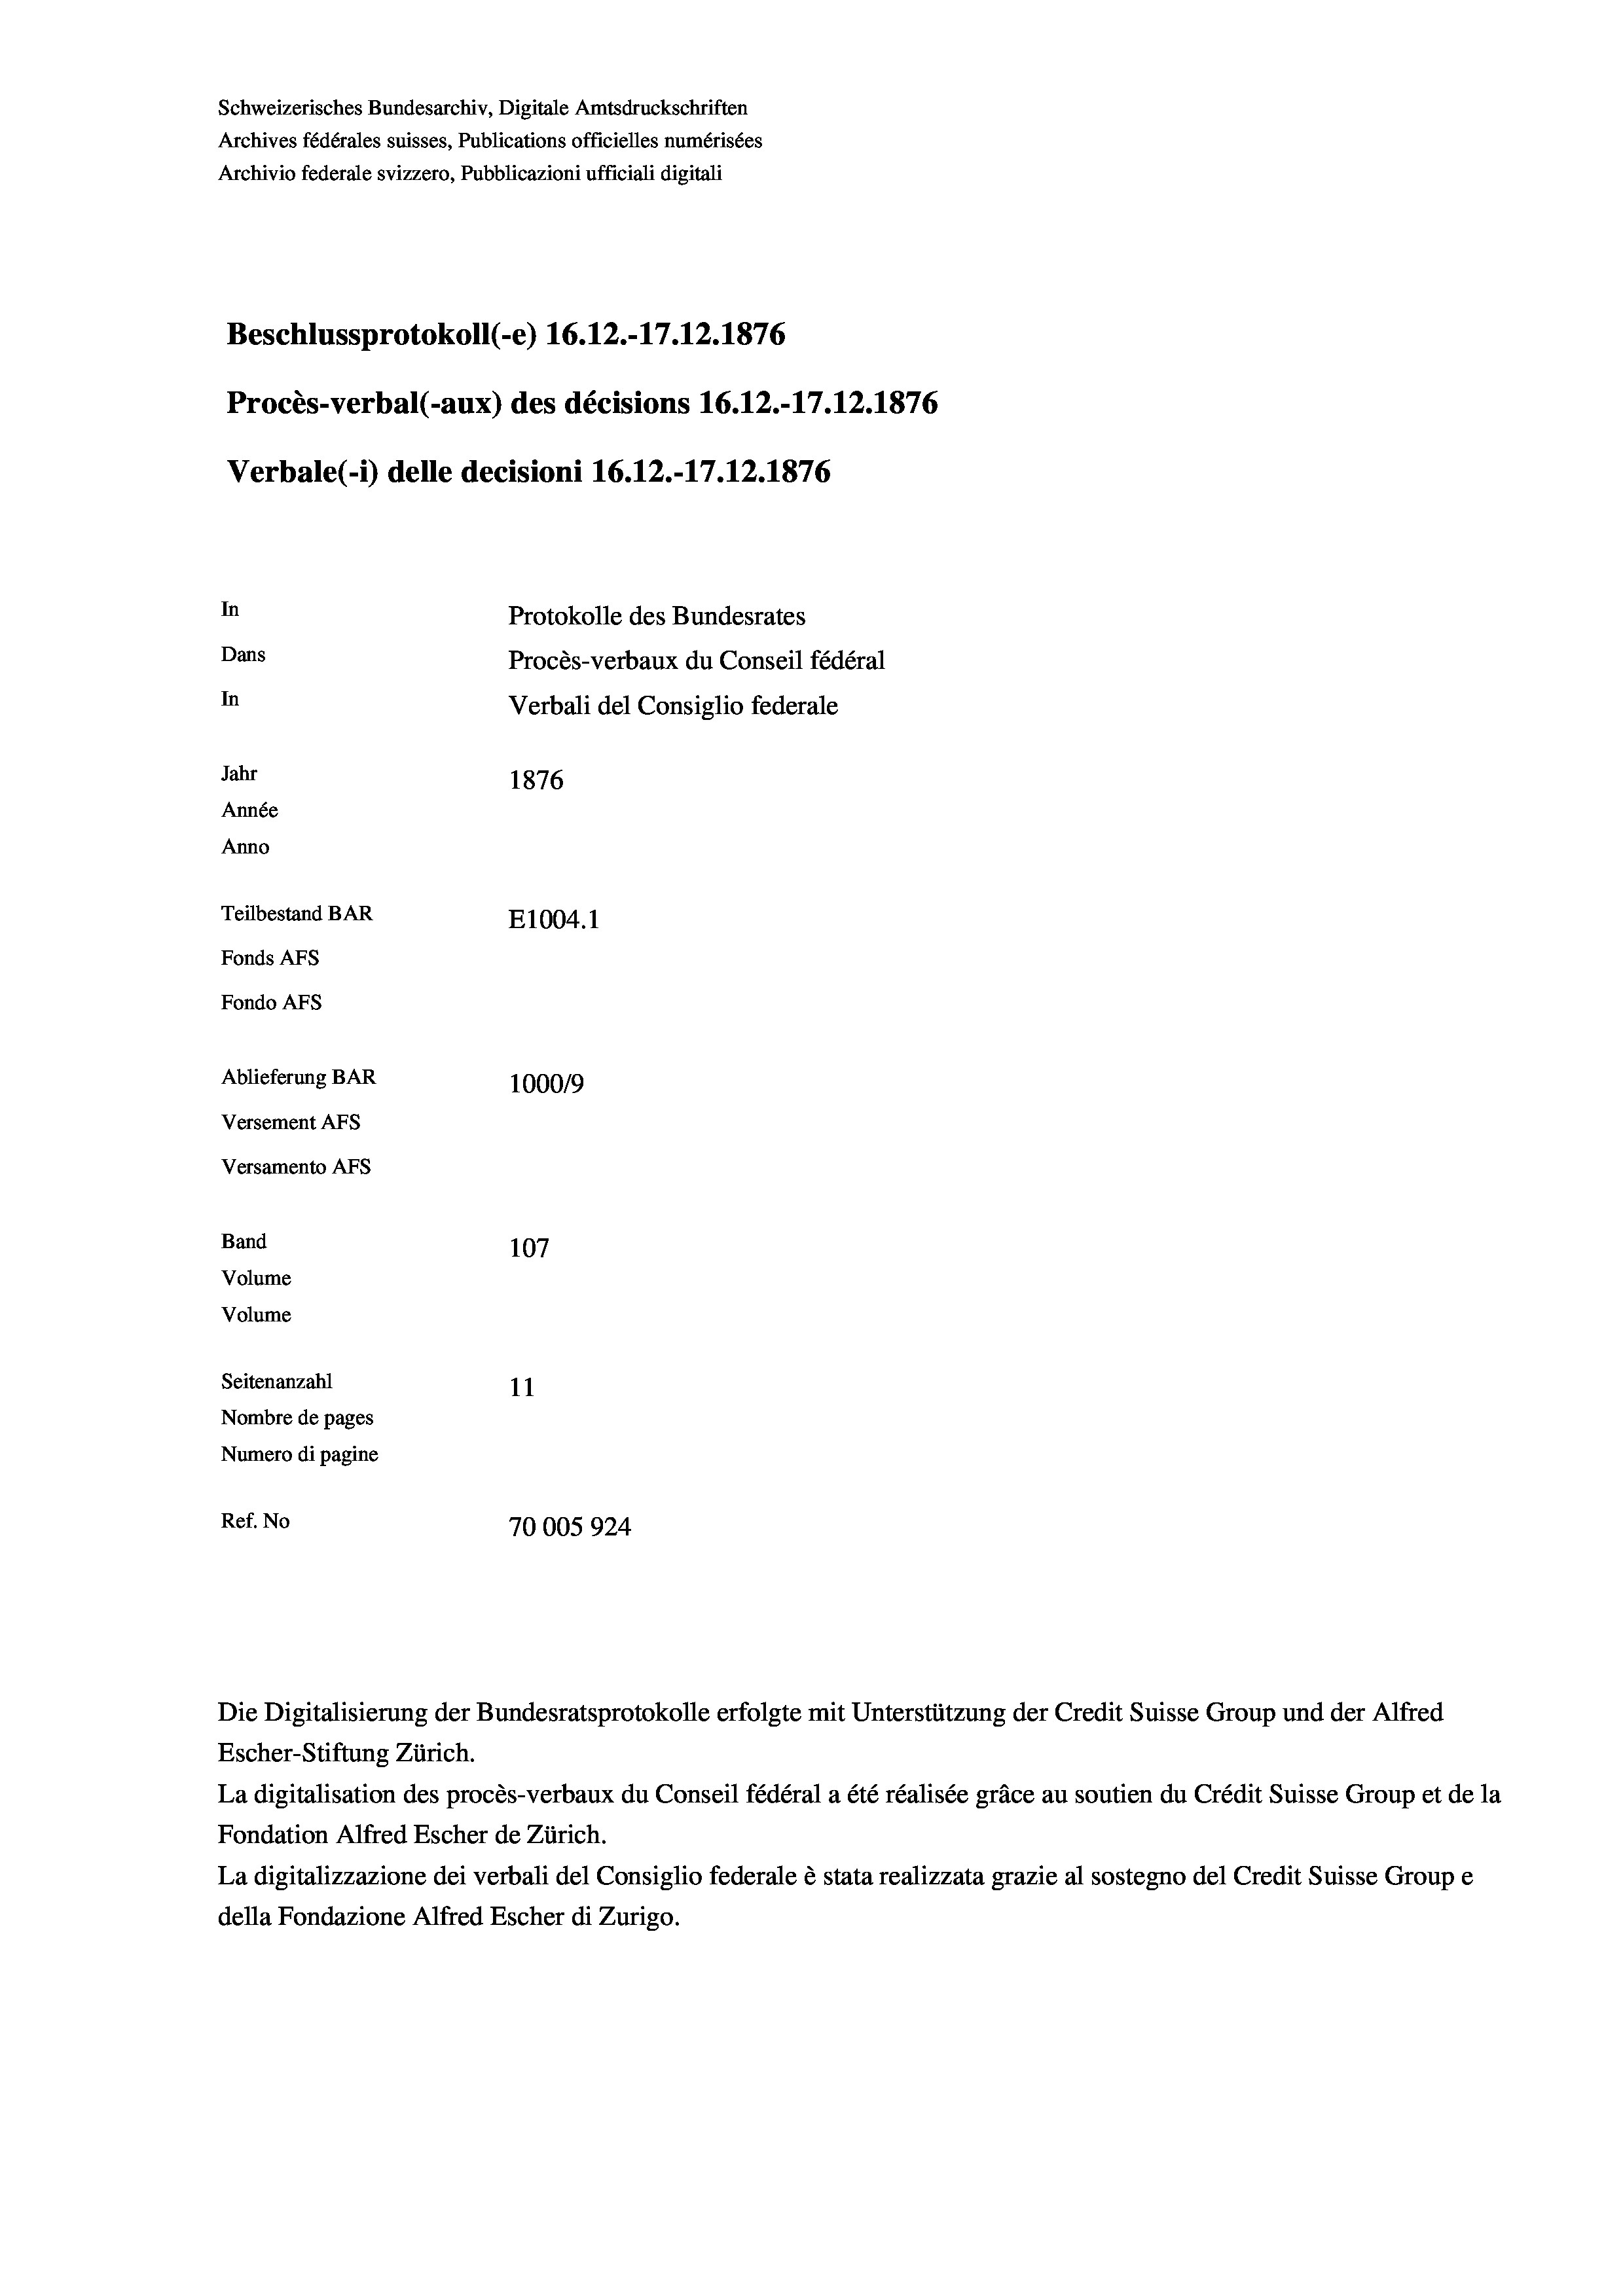
Schweizerisches Bundesarchiv, Digitale Amtsdruckschriften
Archives fédérales suisses, Publications officielles numérisées
Archivio federale svizzero, Pubblicazioni ufficiali digitali
Beschlussprotokoll (-e) 16.12.-17.12.1876
Procès-verbal (-aux) des décisions 16.12.-17.12.1876
Verbale (- 1) delle decisioni 16.12.-17.12.1876
In
Protokolle des Bundesrates
Dans
Procès-verbaux du Conseil fédéral
In
Verbali del Consiglio federale
Jahr
1876
Année
Anno
Teilbestand BAR
E1004. 1
Fonds Afs
Fondo AFS
Ablieferung BAR
100019
Versement AFs
Versamento AFs
Band
107
Volume
Volume
Seitenanzahl
11
Nombre de pages
Numero di pagine
Ref. No
70005924

Escher-Stiftung Zürich.
La digitalisation des procès-verbaux du Conseil fédéral a été réalisée gräce au soutien du Crédit Suisse Group et de la
Fondation Alfred Escher de Zürich.
La digitalizzazione dei verbali del Consiglio federale è stata realizzata grazie al sostegno del Credit Suisse Groupe
della Fondazione Alfred Escher di Zurigo.

Die Digitalisierung der Bundesratsprotokolle erfolgte mit Unterstützung der Credit Suisse Group und der Alfred